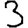
Digit: 3